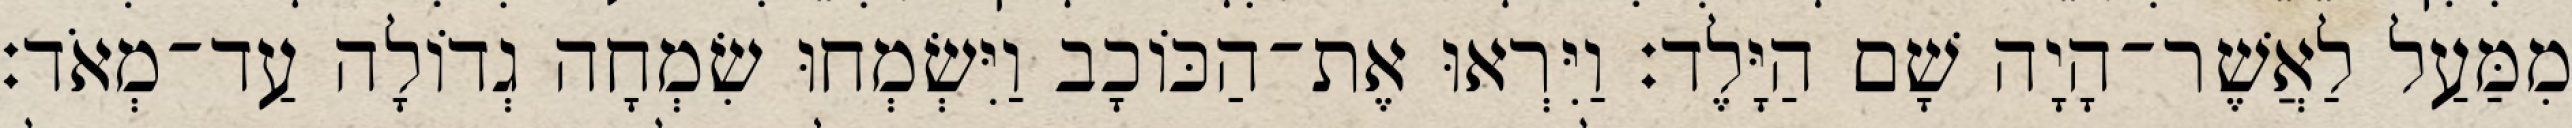
מִמַּעַל לַאֲשֶׁר־הָיָה שָׁם הַיָּלֶד׃ וַיִּרְאוּ אֶת־הַכּוֹכָב וַיִּשְׂמְחוּ שִׂמְחָה גְדוֹלָה עַד־מְאֹד׃